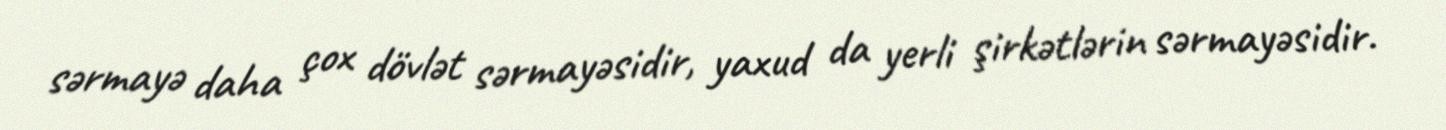
sərmayə daha çox dövlət sərmayəsidir, yaxud da yerli şirkətlərin sərmayəsidir.